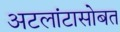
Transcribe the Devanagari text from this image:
अटलांटासोबत